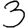
Digit: 3